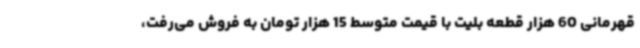
قهرمانی 60 هزار قطعه بلیت با قیمت متوسط 15 هزار تومان به فروش می‌رفت،